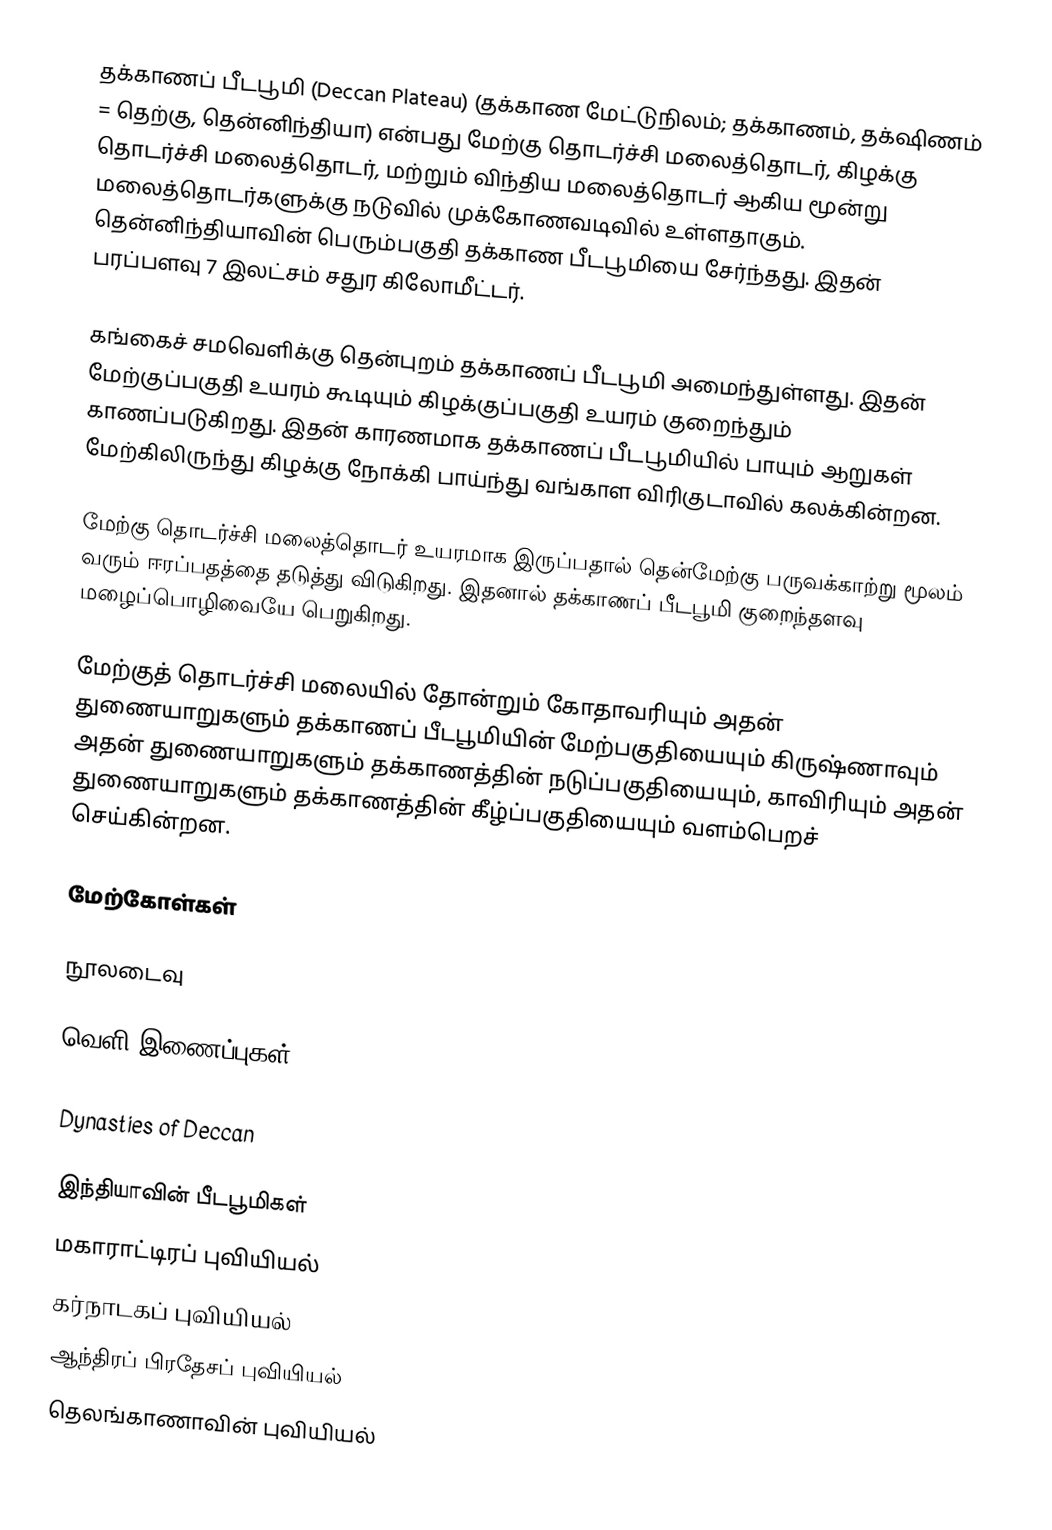
தக்காணப் பீடபூமி (Deccan Plateau) (தக்காண மேட்டுநிலம்; தக்காணம், தக்‌ஷிணம் = தெற்கு, தென்னிந்தியா) என்பது மேற்கு தொடர்ச்சி மலைத்தொடர், கிழக்கு தொடர்ச்சி மலைத்தொடர், மற்றும் விந்திய மலைத்தொடர் ஆகிய மூன்று மலைத்தொடர்களுக்கு நடுவில் முக்கோணவடிவில் உள்ளதாகும். தென்னிந்தியாவின் பெரும்பகுதி தக்காண பீடபூமியை சேர்ந்தது. இதன் பரப்பளவு 7 இலட்சம் சதுர கிலோமீட்டர்.

கங்கைச் சமவெளிக்கு தென்புறம் தக்காணப் பீடபூமி அமைந்துள்ளது. இதன் மேற்குப்பகுதி உயரம் கூடியும் கிழக்குப்பகுதி உயரம் குறைந்தும் காணப்படுகிறது. இதன் காரணமாக தக்காணப் பீடபூமியில் பாயும் ஆறுகள் மேற்கிலிருந்து கிழக்கு நோக்கி பாய்ந்து வங்காள விரிகுடாவில் கலக்கின்றன.

மேற்கு தொடர்ச்சி மலைத்தொடர் உயரமாக இருப்பதால் தென்மேற்கு பருவக்காற்று மூலம் வரும் ஈரப்பதத்தை தடுத்து விடுகிறது. இதனால் தக்காணப் பீடபூமி குறைந்தளவு மழைப்பொழிவையே பெறுகிறது.

மேற்குத் தொடர்ச்சி மலையில் தோன்றும் கோதாவரியும் அதன் துணையாறுகளும் தக்காணப் பீடபூமியின் மேற்பகுதியையும் கிருஷ்ணாவும் அதன் துணையாறுகளும் தக்காணத்தின் நடுப்பகுதியையும், காவிரியும் அதன் துணையாறுகளும் தக்காணத்தின் கீழ்ப்பகுதியையும் வளம்பெறச் செய்கின்றன.

மேற்கோள்கள்

நூலடைவு

வெளி இணைப்புகள்

 Dynasties of Deccan

இந்தியாவின் பீடபூமிகள்
மகாராட்டிரப் புவியியல்
கர்நாடகப் புவியியல்
ஆந்திரப் பிரதேசப் புவியியல்
தெலங்காணாவின் புவியியல்